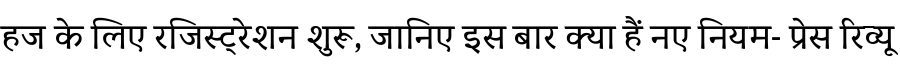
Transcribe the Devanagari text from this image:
हज के लिए रजिस्ट्रेशन शुरू, जानिए इस बार क्या हैं नए नियम- प्रेस रिव्यू